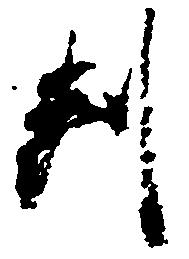
判